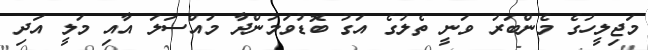
މަޖިލީހުގެ މެންބަރު ވަނީ ތެލުގެ އަގު ބޮޑުވަމުންދާ މައްސަލަ އާއި މަލީ އަދި